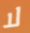
لا